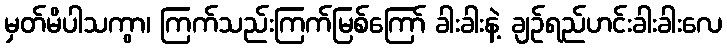
မှတ်မိပါသကွာ၊ ကြက်သည်းကြက်မြစ်ကြော် ခါးခါးနဲ့ ချဉ်ရည်ဟင်းခါးခါးလေ